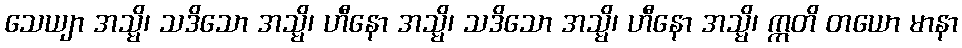
သေယျာ အသ္မိ၊ သဒိသော အသ္မိ၊ ဟီနော အသ္မိ၊ သဒိသော အသ္မိ၊ ဟီနော အသ္မိ၊ ဣတိ တယော မာနာ